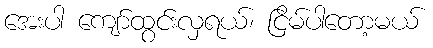
အေးပါ ကျော်ထွင်းလှရယ်၊ ငြိမ်ပါတော့မယ်